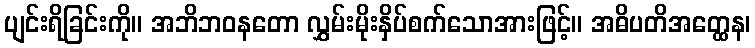
ပျင်းရိခြင်းကို။ အဘိဘဝနတော လွှမ်းမိုးနှိပ်စက်သောအားဖြင့်။ အဓိပတိအတ္ထေန၊